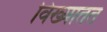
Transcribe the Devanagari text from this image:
विख्यातत